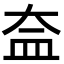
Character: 𥁋